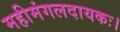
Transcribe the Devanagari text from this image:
महीमंगलदायकः।